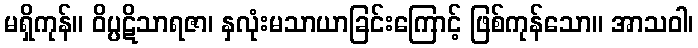
မရှိကုန်။ ဝိပ္ပဋိသာရဇာ၊ နှလုံးမသာယာခြင်းကြောင့် ဖြစ်ကုန်သော။ အာသဝါ၊